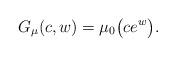
LaTeX: \begin{align*}G_{\mu}(c,w)=\mu_{0}\big( ce^{w}\big) . \end{align*}